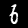
Label: 6